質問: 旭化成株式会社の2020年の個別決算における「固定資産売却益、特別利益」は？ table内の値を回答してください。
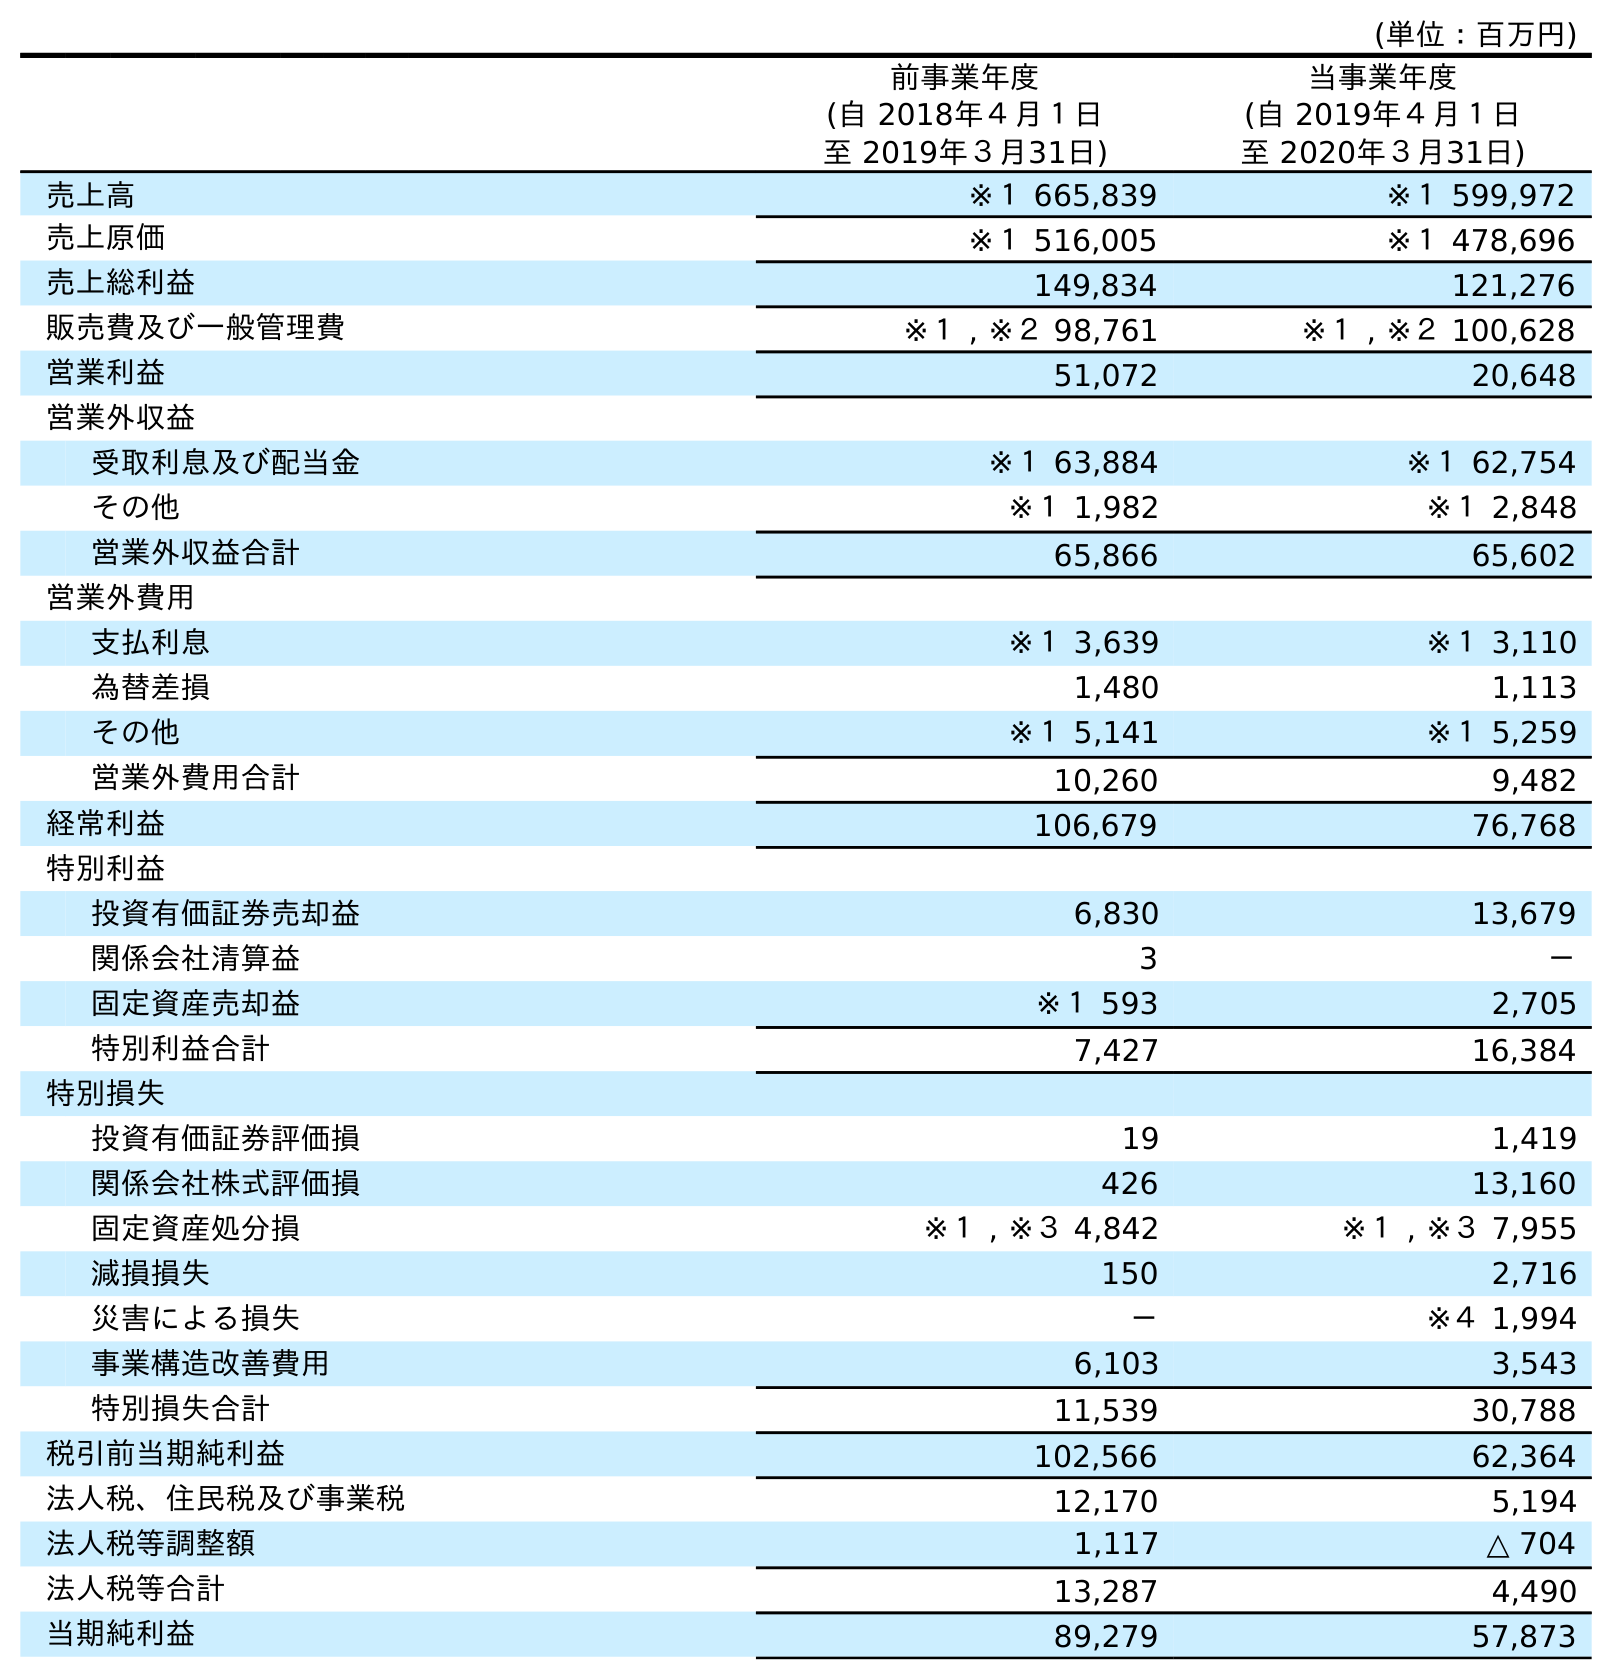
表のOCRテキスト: (単位：百万円) 前事業年度 (自 2018年４月１日 至 2019年３月31日) 当事業年度 (自 2019年４月１日 至 2020年３月31日) 売上高 ※１ 665,839 ※１ 599,972 売上原価 ※１ 516,005 ※１ 478,696 売上総利益 149,834 121,276 販売費及び一般管理費 ※１ , ※２ 98,761 ※１ , ※２ 100,628 営業利益 51,072 20,648 営業外収益 受取利息及び配当金 ※１ 63,884 ※１ 62,754 その他 ※１ 1,982 ※１ 2,848 営業外収益合計 65,866 65,602 営業外費用 支払利息 ※１ 3,639 ※１ 3,110 為替差損 1,480 1,113 その他 ※１ 5,141 ※１ 5,259 営業外費用合計 10,260 9,482 経常利益 106,679 76,768 特別利益 投資有価証券売却益 6,830 13,679 関係会社清算益 3 － 固定資産売却益 ※１ 593 2,705 特別利益合計 7,427 16,384 特別損失 投資有価証券評価損 19 1,419 関係会社株式評価損 426 13,160 固定資産処分損 ※１ , ※３ 4,842 ※１ , ※３ 7,955 減損損失 150 2,716 災害による損失 － ※４ 1,994 事業構造改善費用 6,103 3,543 特別損失合計 11,539 30,788 税引前当期純利益 102,566 62,364 法人税、住民税及び事業税 12,170 5,194 法人税等調整額 1,117 △ 704 法人税等合計 13,287 4,490 当期純利益 89,279 57,873
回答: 2,705